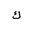
Letter: _kaf